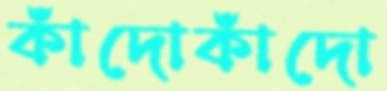
কাঁদোকাঁদো